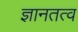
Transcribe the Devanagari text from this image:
ज्ञानतत्व